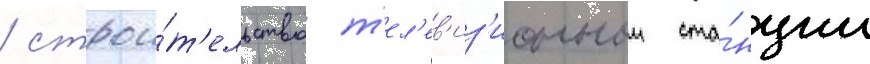
/ строи́т'ельство т'ел'ев'из'ионнои ста́нции